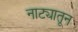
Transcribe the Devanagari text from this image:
नाट्यातून